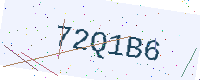
Text: 72Q1B6